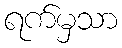
ရက်မှသာ